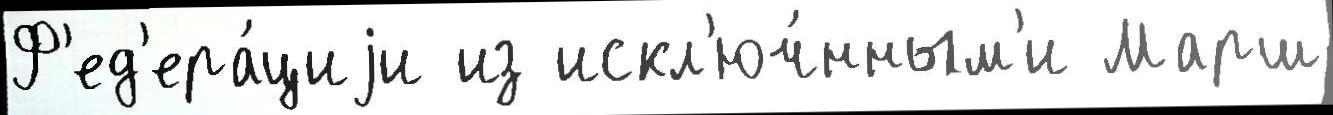
Ф'ед'ера́циjи из искл'юч́нным'и Марш